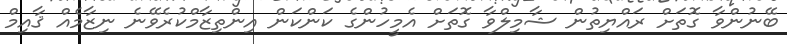
ބޭނުންވާ ގޮތަށް ރައްޔިތުން ޝާމިލްވާ ގޮތަށް އެމީހުންގެ ކަންކަން އިންތިޒާމްކުރެވޭނެ ނިޒާމެއް ޤާއިމް